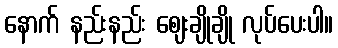
နောက် နည်းနည်း ဈေးချိုချို လုပ်ပေးပါ။